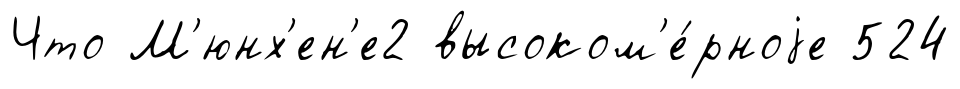
Что М'юнх'ен'е2 высоком'е́рноjе 524